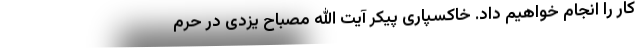
کار را انجام خواهیم داد. خاکسپاری پیکر آیت الله مصباح یزدی در حرم